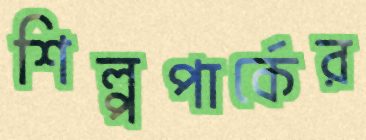
শিল্পপার্কের